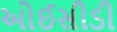
ઓઈસીડી